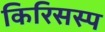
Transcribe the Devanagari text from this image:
किरिसस्प